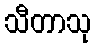
သီတာသု